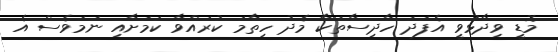
މޮޑީ ވިދާޅުވީ އެފަދަ ހާދިސާތަކާ މެދު ހިތާމަ ކުރައްވާ ކަމަށާއި ނަމަވެސް އެ